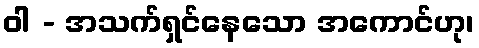
ဝါ - အသက်ရှင်နေသော အကောင်ဟု၊